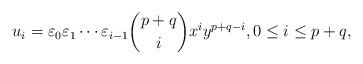
LaTeX: \begin{align*}u_i=\varepsilon_0\varepsilon_1\cdots \varepsilon_{i-1}\binom{p+q}{i}x^iy^{p+q-i},0 \leq i \leq p+q,\end{align*}